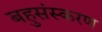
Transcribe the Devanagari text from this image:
बहुसंस्करण